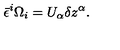
\bar { \epsilon } ^ { i } \Omega _ { i } = U _ { \alpha } \delta z ^ { \alpha } .